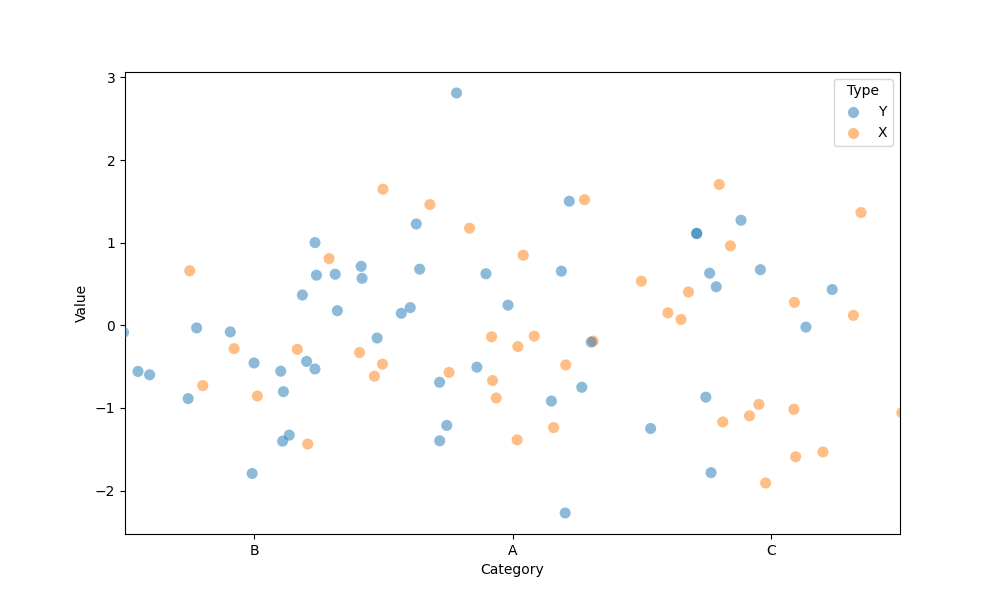
python, seaborn, stripplot, jitter=True, dodge=True, alpha=0.5, size=8